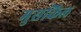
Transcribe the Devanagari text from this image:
मुसकिल